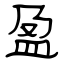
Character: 盈